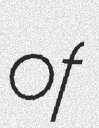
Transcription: of